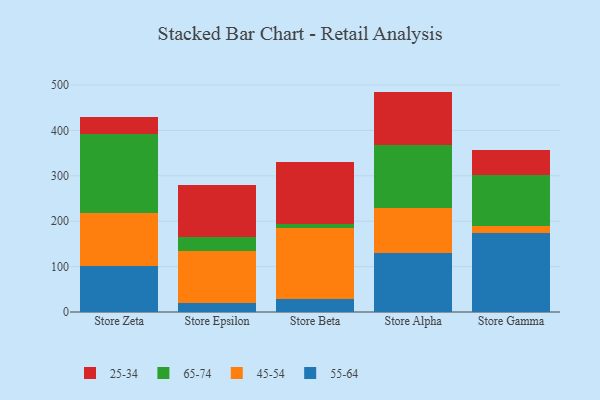
{"axis": {"x": "Store", "y": "Bounce Rate (%)"}, "legend": ["25-34", "45-54", "55-64", "65-74"], "data": [{"x": "Store Zeta", "y": 101.4, "type": "55-64"}, {"x": "Store Zeta", "y": 115.8, "type": "45-54"}, {"x": "Store Zeta", "y": 175.1, "type": "65-74"}, {"x": "Store Zeta", "y": 36.3, "type": "25-34"}, {"x": "Store Epsilon", "y": 18.8, "type": "55-64"}, {"x": "Store Epsilon", "y": 116.2, "type": "45-54"}, {"x": "Store Epsilon", "y": 29.3, "type": "65-74"}, {"x": "Store Epsilon", "y": 114.7, "type": "25-34"}, {"x": "Store Beta", "y": 29.2, "type": "55-64"}, {"x": "Store Beta", "y": 156.1, "type": "45-54"}, {"x": "Store Beta", "y": 8.7, "type": "65-74"}, {"x": "Store Beta", "y": 135.7, "type": "25-34"}, {"x": "Store Alpha", "y": 128.9, "type": "55-64"}, {"x": "Store Alpha", "y": 100.0, "type": "45-54"}, {"x": "Store Alpha", "y": 138.2, "type": "65-74"}, {"x": "Store Alpha", "y": 118.4, "type": "25-34"}, {"x": "Store Gamma", "y": 173.6, "type": "55-64"}, {"x": "Store Gamma", "y": 15.3, "type": "45-54"}, {"x": "Store Gamma", "y": 112.9, "type": "65-74"}, {"x": "Store Gamma", "y": 55.7, "type": "25-34"}]}